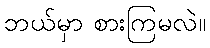
ဘယ်မှာ စားကြမလဲ။